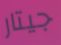
جيتار